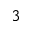
^ 3